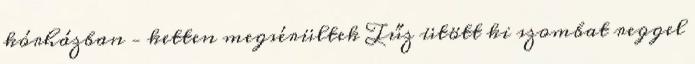
kórházban – ketten megsérültek Tűz ütött ki szombat reggel